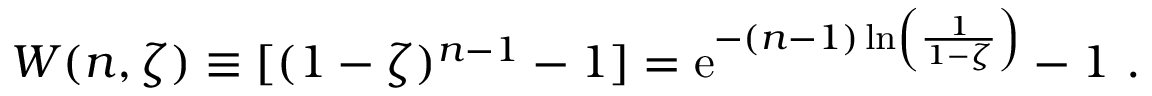
W ( n , \zeta ) \equiv [ ( 1 - \zeta ) ^ { n - 1 } - 1 ] = \mathrm { e } ^ { - ( n - 1 ) \ln \left( { \frac { 1 } { 1 - \zeta } } \right) } - 1 \ .